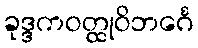
ခုဒ္ဒကဝတ္ထုဝိဘင်္ဂေ